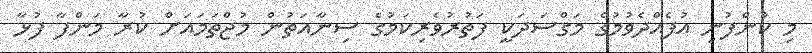
މި ކުންފުނި އުފެއްދެވުމުގެ މަގްސަދަކީ ފަތުރުވެރިކަމުގެ ސިނާއަތުން މުޖްތަމައަށް ކުރާ މަންފާ ފުޅާ